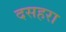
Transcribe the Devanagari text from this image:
दसहरा